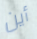
أين